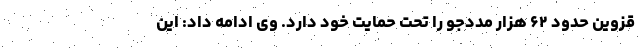
قزوین حدود ۶۲ هزار مددجو را تحت حمایت خود دارد. وی ادامه داد: این